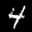
Label: 4